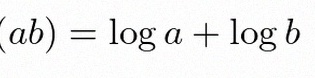
\log(ab)=\log a+\log b